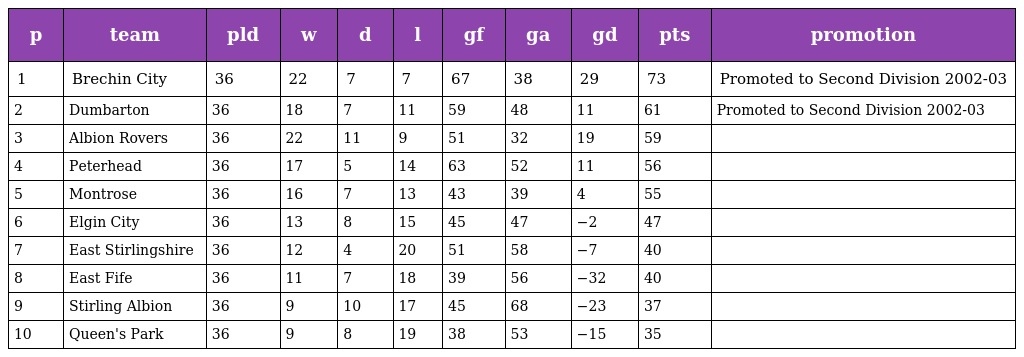
| p | team | pld | w | d | l | gf | ga | gd | pts | promotion |
 | --- | --- | --- | --- | --- | --- | --- | --- | --- | --- | --- |
 | 1 | Brechin City | 36 | 22 | 7 | 7 | 67 | 38 | 29 | 73 | Promoted to Second Division 2002-03 |
 | 2 | Dumbarton | 36 | 18 | 7 | 11 | 59 | 48 | 11 | 61 | Promoted to Second Division 2002-03 |
 | 3 | Albion Rovers | 36 | 22 | 11 | 9 | 51 | 32 | 19 | 59 |  |
 | 4 | Peterhead | 36 | 17 | 5 | 14 | 63 | 52 | 11 | 56 |  |
 | 5 | Montrose | 36 | 16 | 7 | 13 | 43 | 39 | 4 | 55 |  |
 | 6 | Elgin City | 36 | 13 | 8 | 15 | 45 | 47 | −2 | 47 |  |
 | 7 | East Stirlingshire | 36 | 12 | 4 | 20 | 51 | 58 | −7 | 40 |  |
 | 8 | East Fife | 36 | 11 | 7 | 18 | 39 | 56 | −32 | 40 |  |
 | 9 | Stirling Albion | 36 | 9 | 10 | 17 | 45 | 68 | −23 | 37 |  |
 | 10 | Queen's Park | 36 | 9 | 8 | 19 | 38 | 53 | −15 | 35 |  |